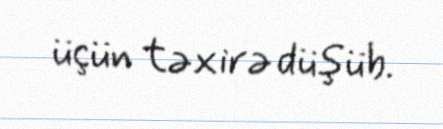
üçün təxirə düşüb.